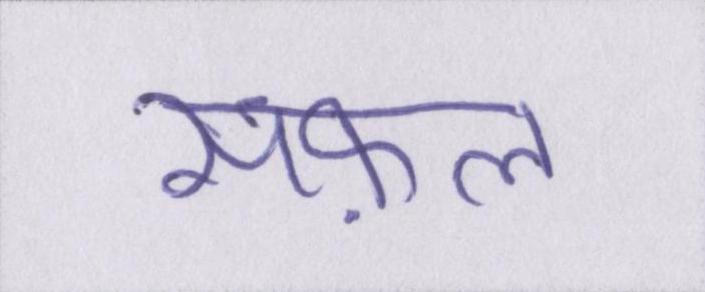
सफ़ल